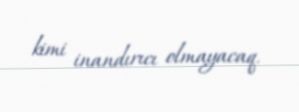
kimi inandırıcı olmayacaq.